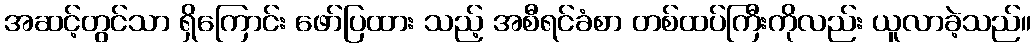
အဆင့်တွင်သာ ရှိကြောင်း ဖော်ပြထား သည့် အစီရင်ခံစာ တစ်ထပ်ကြီးကိုလည်း ယူလာခဲ့သည်။